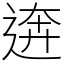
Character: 逩